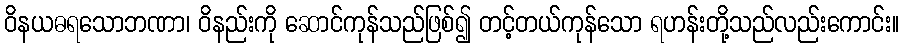
ဝိနယဓရသောဘဏာ၊ ဝိနည်းကို ဆောင်ကုန်သည်ဖြစ်၍ တင့်တယ်ကုန်သော ရဟန်းတို့သည်လည်းကောင်း။